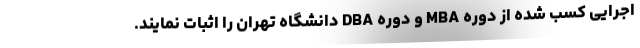
اجرایی کسب شده از دوره‌ MBA و دوره DBA دانشگاه تهران را اثبات نمایند.